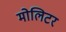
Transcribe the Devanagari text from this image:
मोलिटर